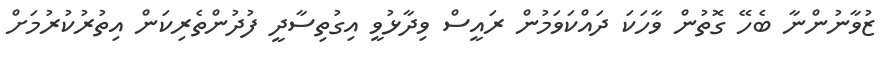
ޒުވާނުންނާ ބެހޭ ގޮތުން ވާހަކަ ދައްކަވަމުން ރައީސް ވިދާޅުވީ އިގުތިސާދީ ފުދުންތެރިކަން އިތުރުކުރުމަށް